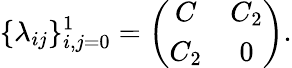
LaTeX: \{ \lambda_{ij}\} _{i,j=0}^{1}=\left(\begin{array}{cc}{{C}}&{{C_{2}}}\\ {{C_{2}}}&{{0}}\end{array}\right).